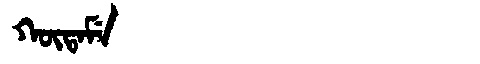
Manchu: ᡴᡡᡨᠠᠮᡝ
Romanization: KŪTAME